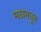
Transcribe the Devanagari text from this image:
मठामधुन